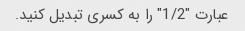
عبارت "1/2" را به کسری تبدیل کنید.